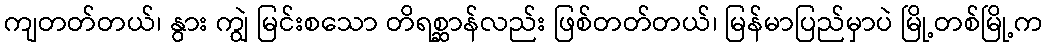
ကျတတ်တယ်၊ နွား ကျွဲ မြင်းစသော တိရစ္ဆာန်လည်း ဖြစ်တတ်တယ်၊ မြန်မာပြည်မှာပဲ မြို့တစ်မြို့က